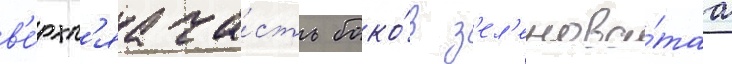
в'е́рхн'яа ча́сть боко́в з'ел'енова́таа